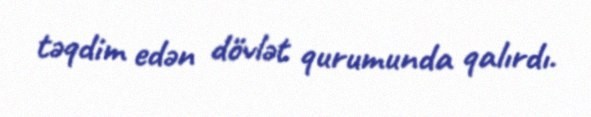
təqdim edən dövlət qurumunda qalırdı.